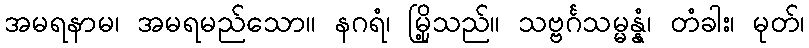
အမရနာမ၊ အမရမည်သော။ နဂရံ၊ မြို့သည်။ သဗ္ဗင်္ဂသမ္မန္နံ၊ တံခါး၊ မုတ်၊